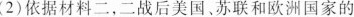
(2)依据材料二，二战后美国。苏联和欧洲国家的